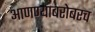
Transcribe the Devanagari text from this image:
आणण्याबरोबरच